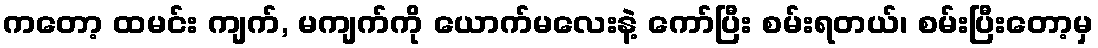
ကတော့ ထမင်း ကျက်, မကျက်ကို ယောက်မလေးနဲ့ ကော်ပြီး စမ်းရတယ်၊ စမ်းပြီးတော့မှ